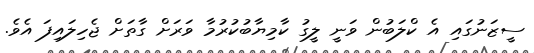
ސީޒަނުގައި އެ ކްލަބުން ވަނީ ލީގު ކާމިޔާބުކުރުމާ ވަރަށް ގާތަށް ޖެހިލައިފަ އެވެ.